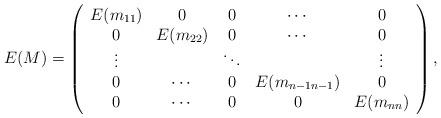
LaTeX: \begin{align*}E(M)=\left(\begin{array}{ccccc}E(m_{11})&0&0&\cdots&0\\0&E(m_{22})&0&\cdots&0\\\vdots&&\ddots&&\vdots\\0&\cdots&0&E(m_{n-1n-1})&0\\0&\cdots&0&0&E(m_{nn})\end{array}\right),\end{align*}